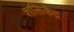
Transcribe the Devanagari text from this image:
शक्तिकेंद्र